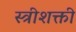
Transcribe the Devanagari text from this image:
स्त्रीशक्ती